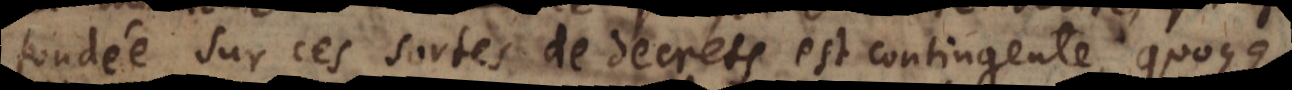
sur ces sortes de decrets est contingente, quoyqu’